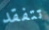
تتفقد